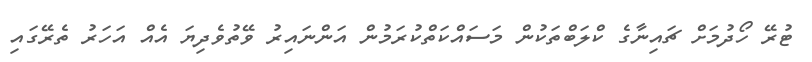
ޓުރޭ ހޯދުމަށް ޗައިނާގެ ކްލަބްތަކުން މަސައްކަތްކުރަމުން އަންނައިރު ވޭތުވެދިޔަ އެއް އަހަރު ތެރޭގައި